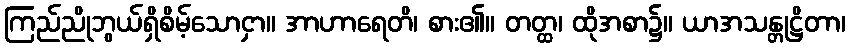
ကြည်ညိုဘွယ်ရှိစိမ့်သောငှာ။ အာဟာရေတိ၊ စား၏။ တတ္ထ၊ ထိုအစာ၌။ ယာအသန္တုဋ္ဌိတာ၊